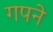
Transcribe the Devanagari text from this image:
गपने